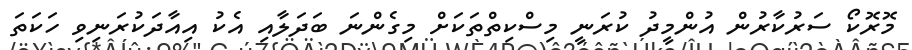
މޮރޮކޯ ސަރުކާރުން އުންމީދު ކުރަނީ މިސްކިތްތަކަށް މިގެންނަ ބަދަލާއި އެކު އިއާދަކުރަނިވި ހަކަތަ